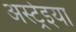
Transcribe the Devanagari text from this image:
अस्ट्रेइया